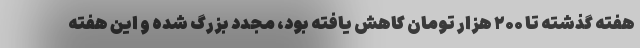
هفته گذشته تا ۲۰۰ هزار تومان کاهش یافته بود، مجدد بزرگ شده و این هفته